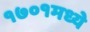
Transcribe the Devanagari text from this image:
१७०१मध्ये